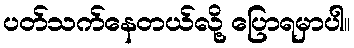
ပတ်သက်နေတယ်လို့ ပြောရမှာပါ။